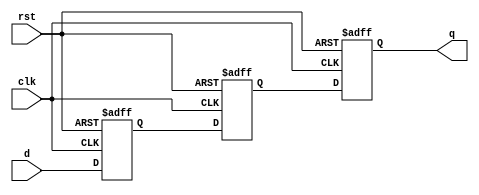
`timescale 1ns/1ns
module delay (d, q, clk, rst);

   parameter width = 4;
   parameter depth = 3;

   input  [width-1:0] d;
   output [width-1:0] q;
   input              clk;
   input 	      rst;

   reg [width-1:0] dffs [1:depth];

   integer i;
   
   always @ (posedge clk or posedge rst)
     if (rst)
       for ( i=1; i <= depth; i=i+1)
	 dffs[i] <= {width{1'b0}};
     else
       begin
	  dffs[1] <= d;
	  for ( i=2; i <= depth; i=i+1 )
	    dffs[i] <= dffs[i-1];
       end

   assign q = dffs[depth];   
   
endmodule //delay